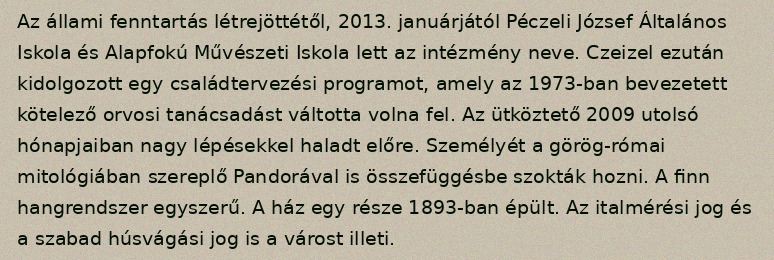
Az állami fenntartás létrejöttétől, 2013. januárjától Péczeli József Általános Iskola és Alapfokú Művészeti Iskola lett az intézmény neve. Czeizel ezután kidolgozott egy családtervezési programot, amely az 1973-ban bevezetett kötelező orvosi tanácsadást váltotta volna fel. Az ütköztető 2009 utolsó hónapjaiban nagy lépésekkel haladt előre. Személyét a görög-római mitológiában szereplő Pandorával is összefüggésbe szokták hozni. A finn hangrendszer egyszerű. A ház egy része 1893-ban épült. Az italmérési jog és a szabad húsvágási jog is a várost illeti.